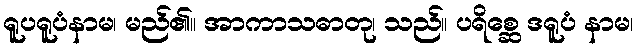
ရူပရူပံနာမ၊ မည်၏။ အာကာသဓာတု၊ သည်။ ပရိစ္ဆေ ဒရူပံ နာမ၊